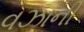
વઝાની